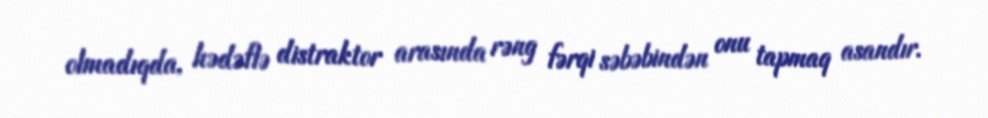
olmadıqda, hədəflə distraktor arasında rəng fərqi səbəbindən onu tapmaq asandır.